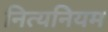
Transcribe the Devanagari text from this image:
नित्यनियम